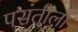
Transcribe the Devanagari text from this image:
पसंतीला